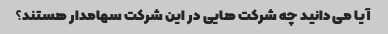
آیا می دانید چه شرکت هایی در این شرکت سهامدار هستند؟